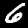
Digit: 6